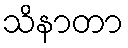
သိနာတာ